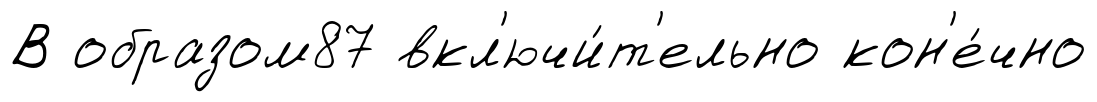
В образом87 вкл'ючи́т'ельно кон'е́чно